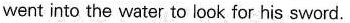
went into the water to look for his sword.